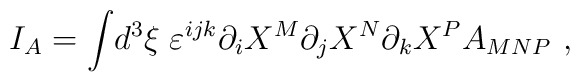
I_A= \int\! d^3\xi\; \varepsilon^{ijk} \partial_i X^M \partial_j X^N \partial_k X^P A_{MNP}\ ,